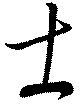
士